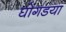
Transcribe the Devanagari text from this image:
घोंगडया